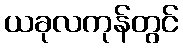
ယခုလကုန်တွင်